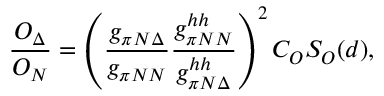
\frac { { \cal O } _ { \Delta } } { { \cal O } _ { N } } = \left( \frac { g _ { \pi N \Delta } } { g _ { \pi N N } } \frac { g _ { \pi N N } ^ { h h } } { g _ { \pi N \Delta } ^ { h h } } \right) ^ { 2 } C _ { { \cal O } } S _ { { \cal O } } ( d ) ,